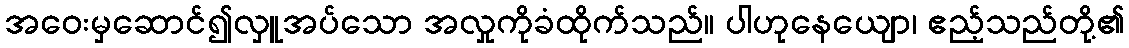
အဝေးမှဆောင်၍လှူအပ်သော အလှုကိုခံထိုက်သည်။ ပါဟုနေယျော၊ ဧည့်သည်တို့၏